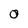
Character: 0